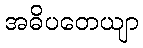
အဓိပတေယျာ